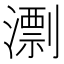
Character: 𣿖